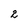
Character: 2